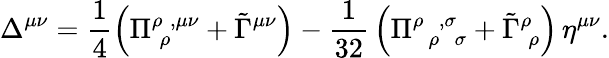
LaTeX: \Delta^{\mu\nu}=\frac 14\left(\Pi_{\; \rho}^{\rho\; ,\mu\nu}+\tilde{\Gamma}^{\mu\nu}\right)-{\frac 1{32}}\left(\Pi_{\; \; \rho\; \; \sigma}^{\rho\; \; ,\sigma}+\tilde{\Gamma}_{\; \rho}^{\rho}\right)\, \eta^{\mu\nu}.